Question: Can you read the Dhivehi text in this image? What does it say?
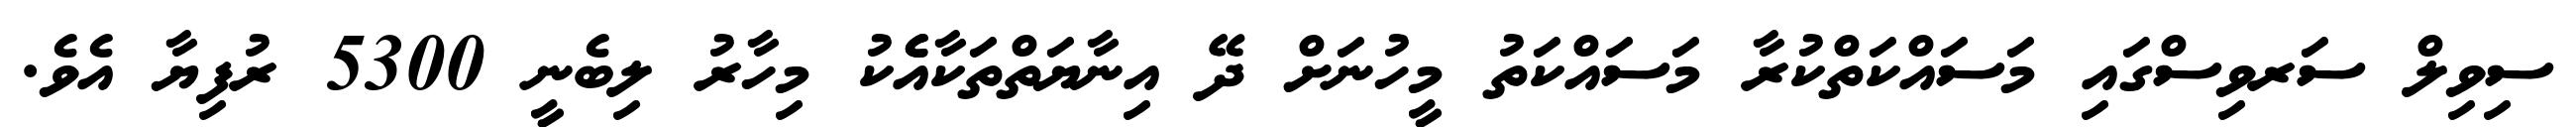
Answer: ސިވިލް ސަރވިސްގައި މަސައްކަތްކުރާ މަސައްކަތު މީހުނަށް ދޭ އިނާޔަތްތަކާއެެކު މިހާރު ލިބެނީ 5300 ރުފިޔާ އެވެ.